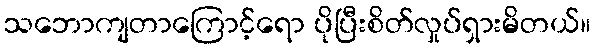
သဘောကျတာကြောင့်ရော ပိုပြီးစိတ်လှုပ်ရှားမိတယ်။